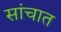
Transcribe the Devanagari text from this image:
सांचात